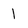
Character: 1